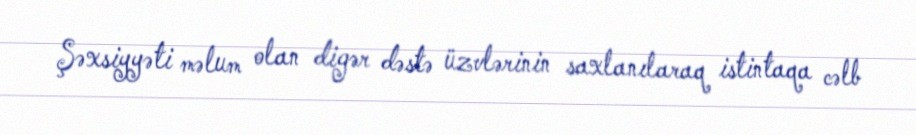
Şəxsiyyəti məlum olan digər dəstə üzvlərinin saxlanılaraq istintaqa cəlb